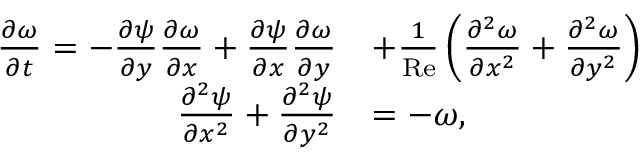
\begin{array} { r l } { \frac { \partial \omega } { \partial t } = - \frac { \partial \psi } { \partial y } \frac { \partial \omega } { \partial x } + \frac { \partial \psi } { \partial x } \frac { \partial \omega } { \partial y } } & { + \frac { 1 } { \mathrm { R e } } \left( \frac { \partial ^ { 2 } \omega } { \partial x ^ { 2 } } + \frac { \partial ^ { 2 } \omega } { \partial y ^ { 2 } } \right) } \\ { \frac { \partial ^ { 2 } \psi } { \partial x ^ { 2 } } + \frac { \partial ^ { 2 } \psi } { \partial y ^ { 2 } } } & { = - \omega , } \end{array}